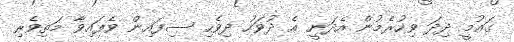
ގައުމީ ދިދަ ވިހުރެމުން އެދަނީ އެ ދުވަހު ދިވެހި ސިފައިން ވެފައިވާ މަތިވެރި